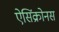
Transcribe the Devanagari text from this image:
ऐसिंक्रोनस